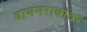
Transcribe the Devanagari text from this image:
वामनरावांवर